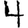
Digit: 4